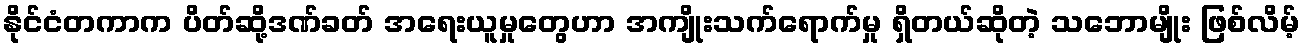
နိုင်ငံတကာက ပိတ်ဆို့ဒဏ်ခတ် အရေးယူမှုတွေဟာ အကျိုးသက်ရောက်မှု ရှိတယ်ဆိုတဲ့ သဘောမျိုး ဖြစ်လိမ့်